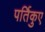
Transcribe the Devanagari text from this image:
पर्तिकुए